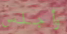
وأجلس